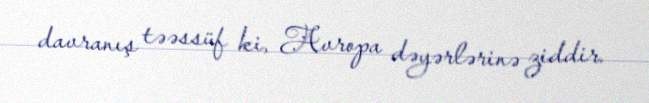
davranış təəssüf ki, Avropa dəyərlərinə ziddir.